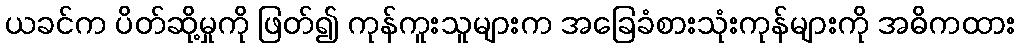
ယခင်က ပိတ်ဆို့မှုကို ဖြတ်၍ ကုန်ကူးသူများက အခြေခံစားသုံးကုန်များကို အဓိကထား